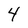
Character: 4